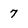
Character: 7